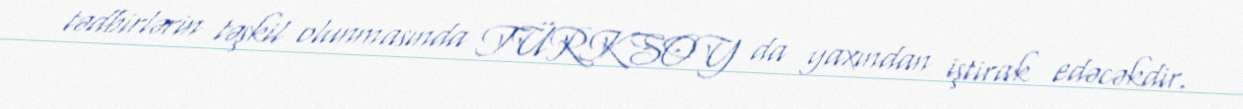
tədbirlərin təşkil olunmasında TÜRKSOY da yaxından iştirak edəcəkdir.